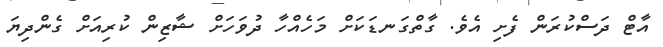
އާޓް ދަސްކުރަން ފެށި އެވެ. ގާތްގަނޑަކަށް މަހެއްހާ ދުވަހަށް ޝާޒިން ކުރިއަށް ގެންދިޔަ